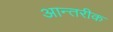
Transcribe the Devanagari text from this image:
आन्तरीक